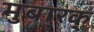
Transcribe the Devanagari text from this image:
मुबारक्